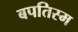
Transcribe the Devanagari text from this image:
बपतिस्म